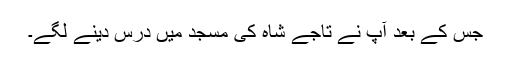
جس کے بعد آپ نے تاجے شاہ کی مسجد میں درس دینے لگے۔